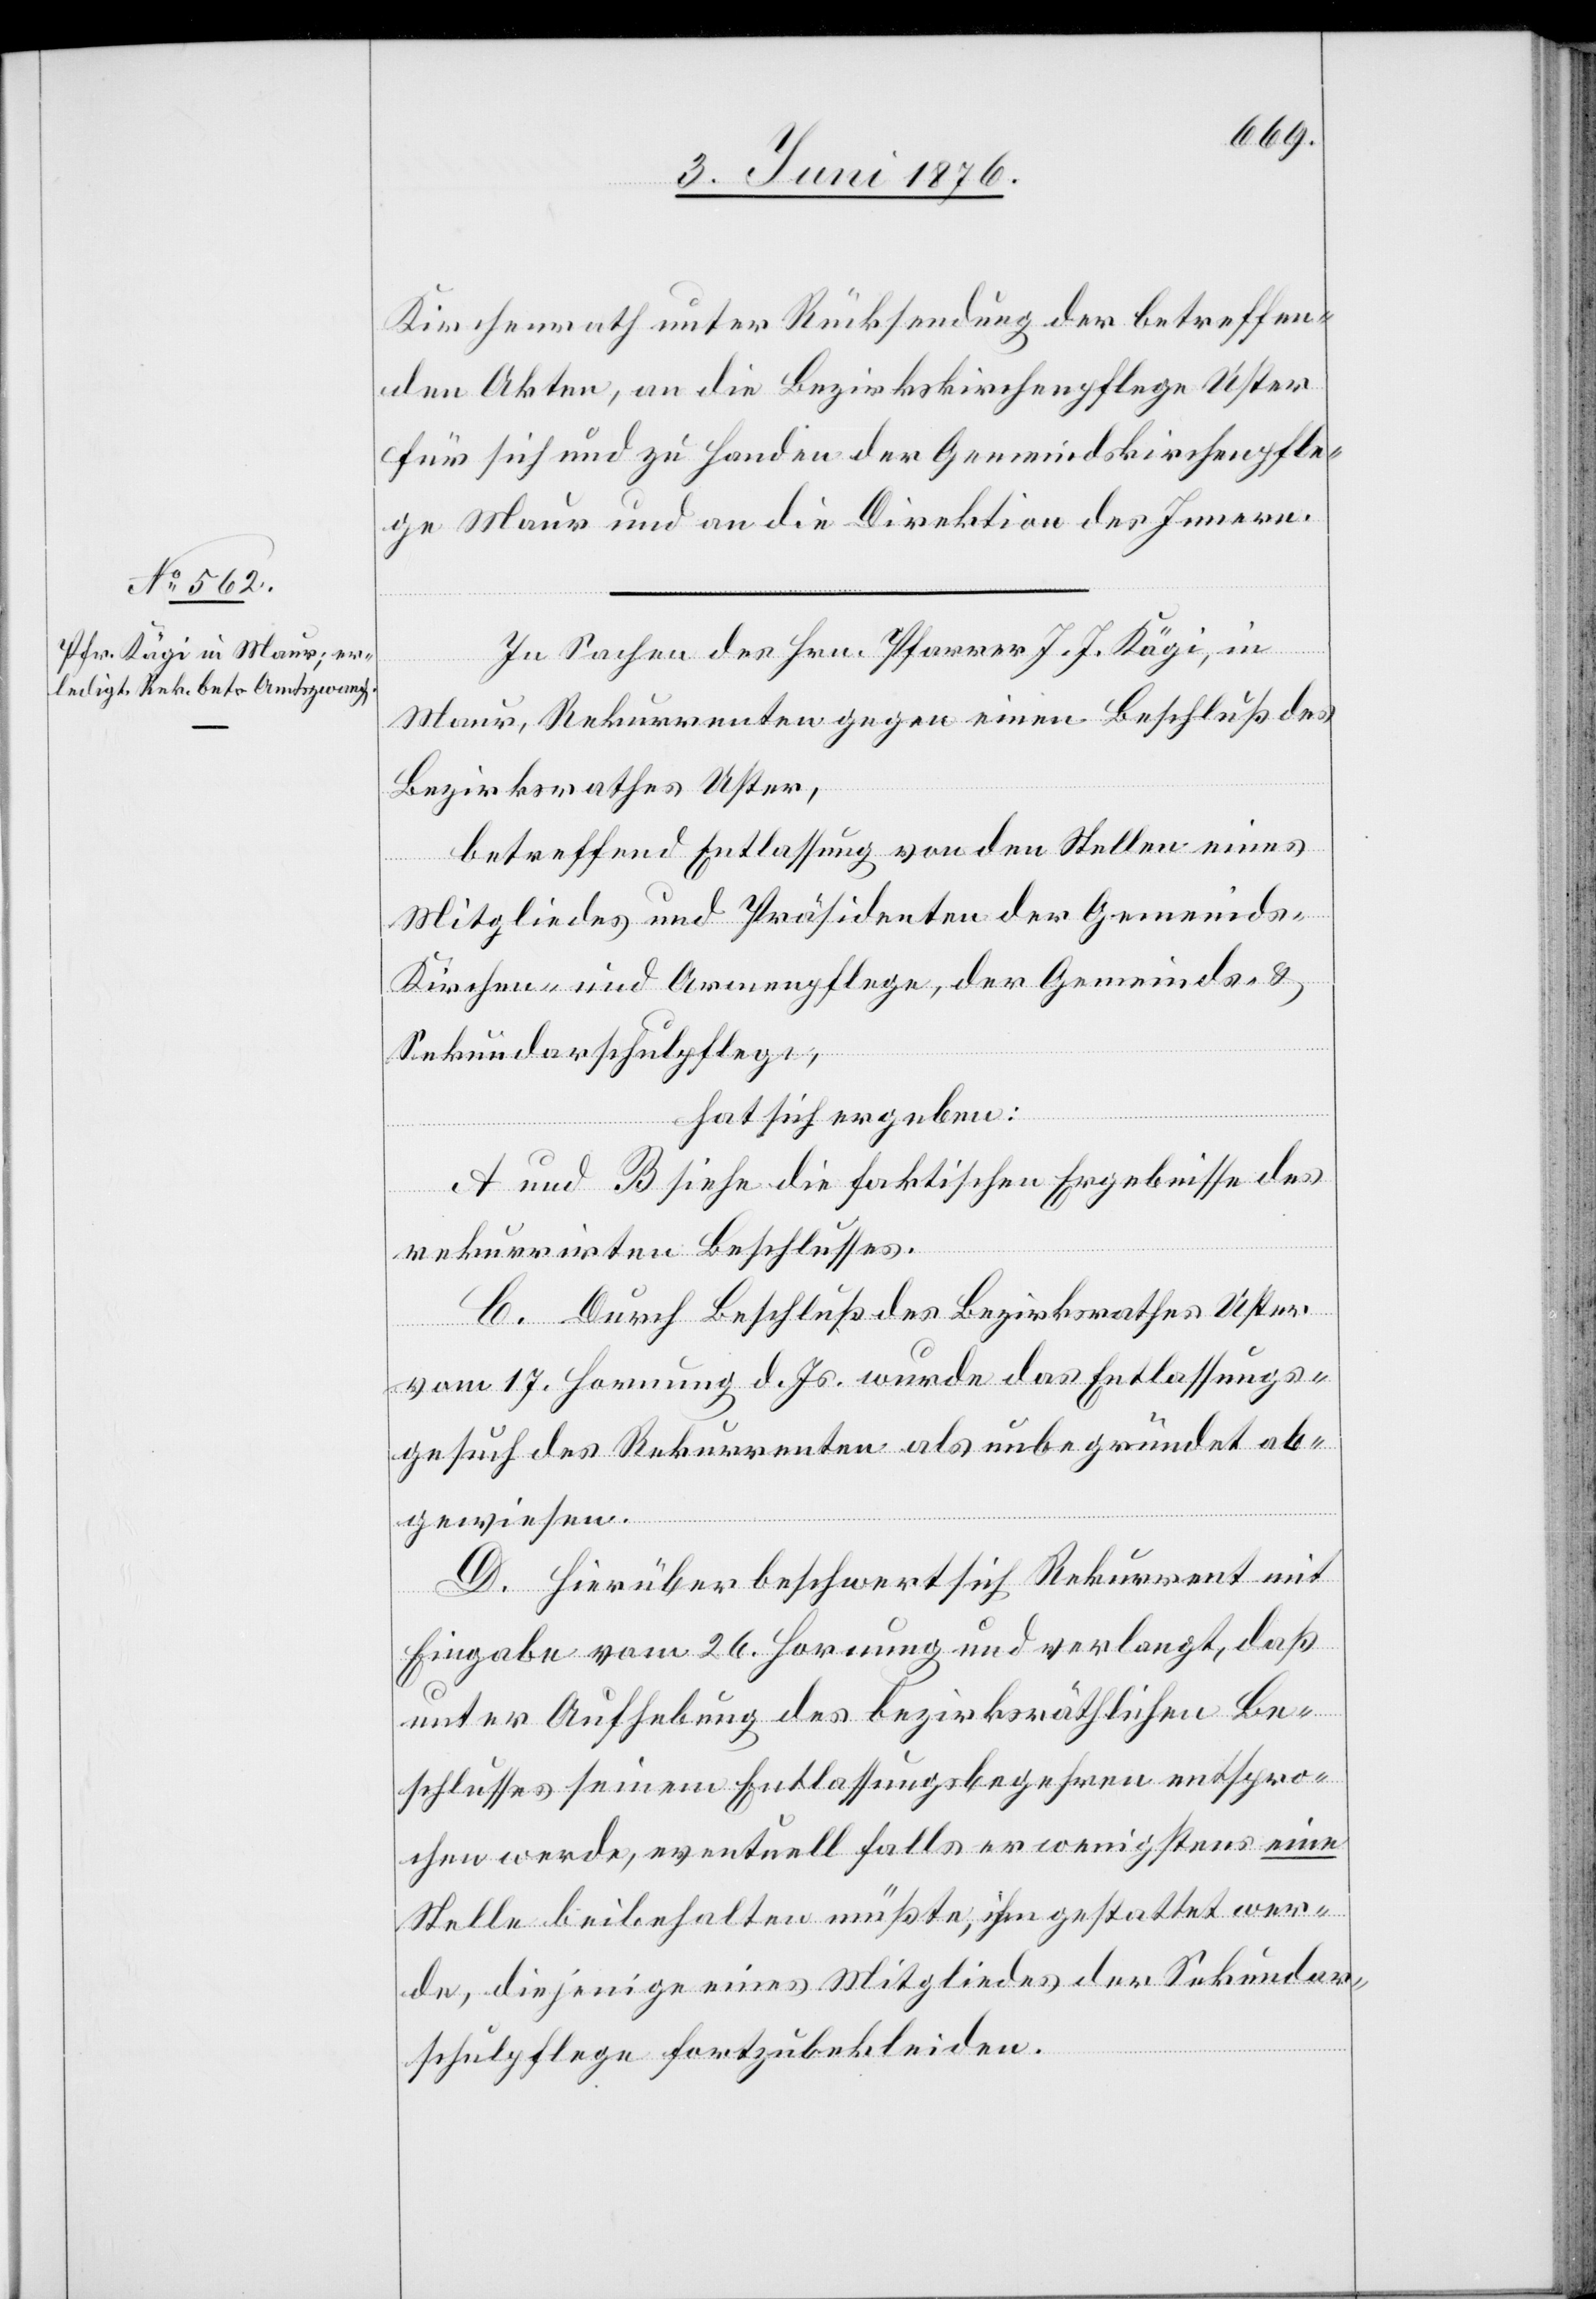
Kirchenrath unter Rücksendung der betreffen¬
den Akten, an die Bezirksschulpflege Uster
für sich und zu Handen der Gemeindskirchenpfle¬
ge Maur und an die Direktion des Innern.
In Sachen des Hrn. Pfarrer J. J. Kägi, in
Maur, Rekurrenten gegen einen Beschluß des
Bezirksrathes Uster,
betreffend Entlassung von den Stellen eines
Mitgliedes und Präsidenten der Gemeind¬
s-Kirchen- und Armenpflege, der Gemeinds- &
Sekundarschulpflege,
hat sich ergeben:
A und B siehe die faktischen Ergebnisse des
rekurrirten Beschlusses.
C. Durch Beschluß des Bezirksrathes Uster
vom 17. Hornung d. Js. wurde das Entlassungs¬
gesuch des Rekurrenten als unbegründet ab¬
gewiesen.
D. Hierüber beschwert sich Rekurrent mit
Eingabe vom 26. Hornung und verlangt, daß
unter Aufhebung des bezirksräthlichen Be¬
schlusses seinem Entlassungsbegehren entspro¬
chen werde, eventuell falls er wenigstens eine
Stelle beibehalten müßte, ihm gestattet wer¬
de, diejenige eines Mitgliedes der Sekundar¬
schulpflege fortzubekleiden.